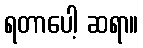
ရတာပေါ့ ဆရာ။